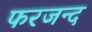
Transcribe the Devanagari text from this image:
फरजन्द